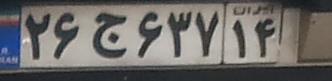
۲۶ج۶۳۷۱۴